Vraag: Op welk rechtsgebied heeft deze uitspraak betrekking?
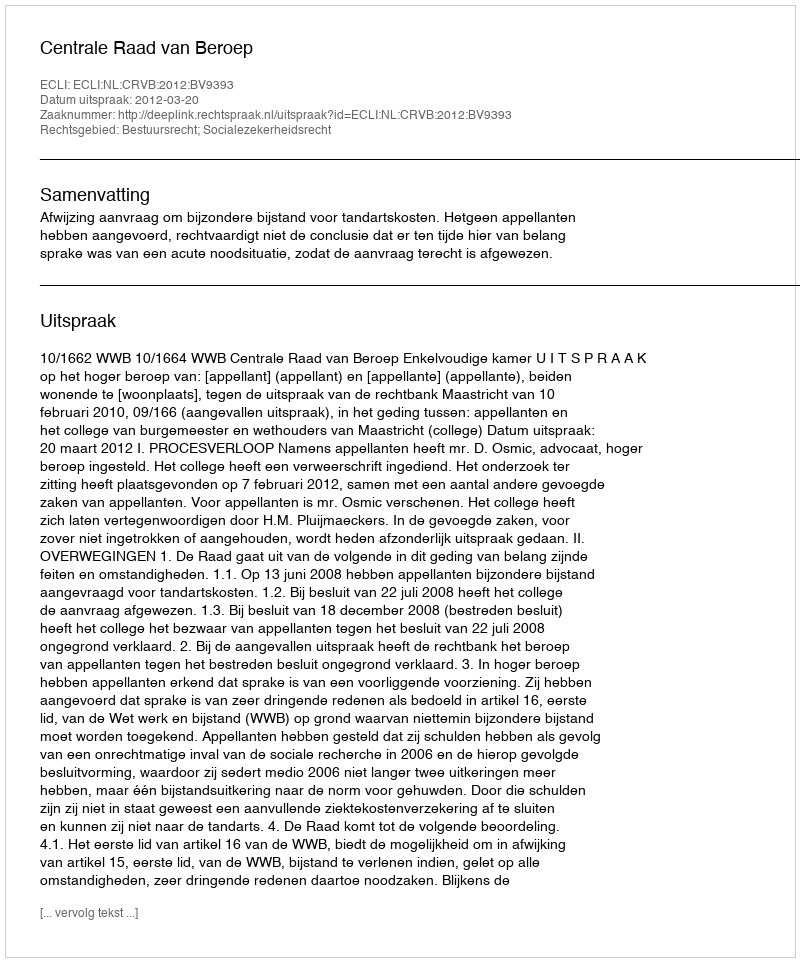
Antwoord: Bestuursrecht; Socialezekerheidsrecht